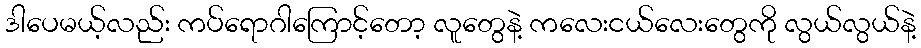
ဒါပေမယ့်လည်း ကပ်ရောဂါကြောင့်တော့ လူတွေနဲ့ ကလေးငယ်လေးတွေကို လွယ်လွယ်နဲ့